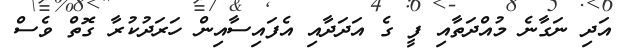
އަދި ނަގާނެ މުއްދަތާއި ފީ ގެ އަދަދާއި އެފައިސާއިން ހަރަދުކުރާ ގޮތް ވެސް